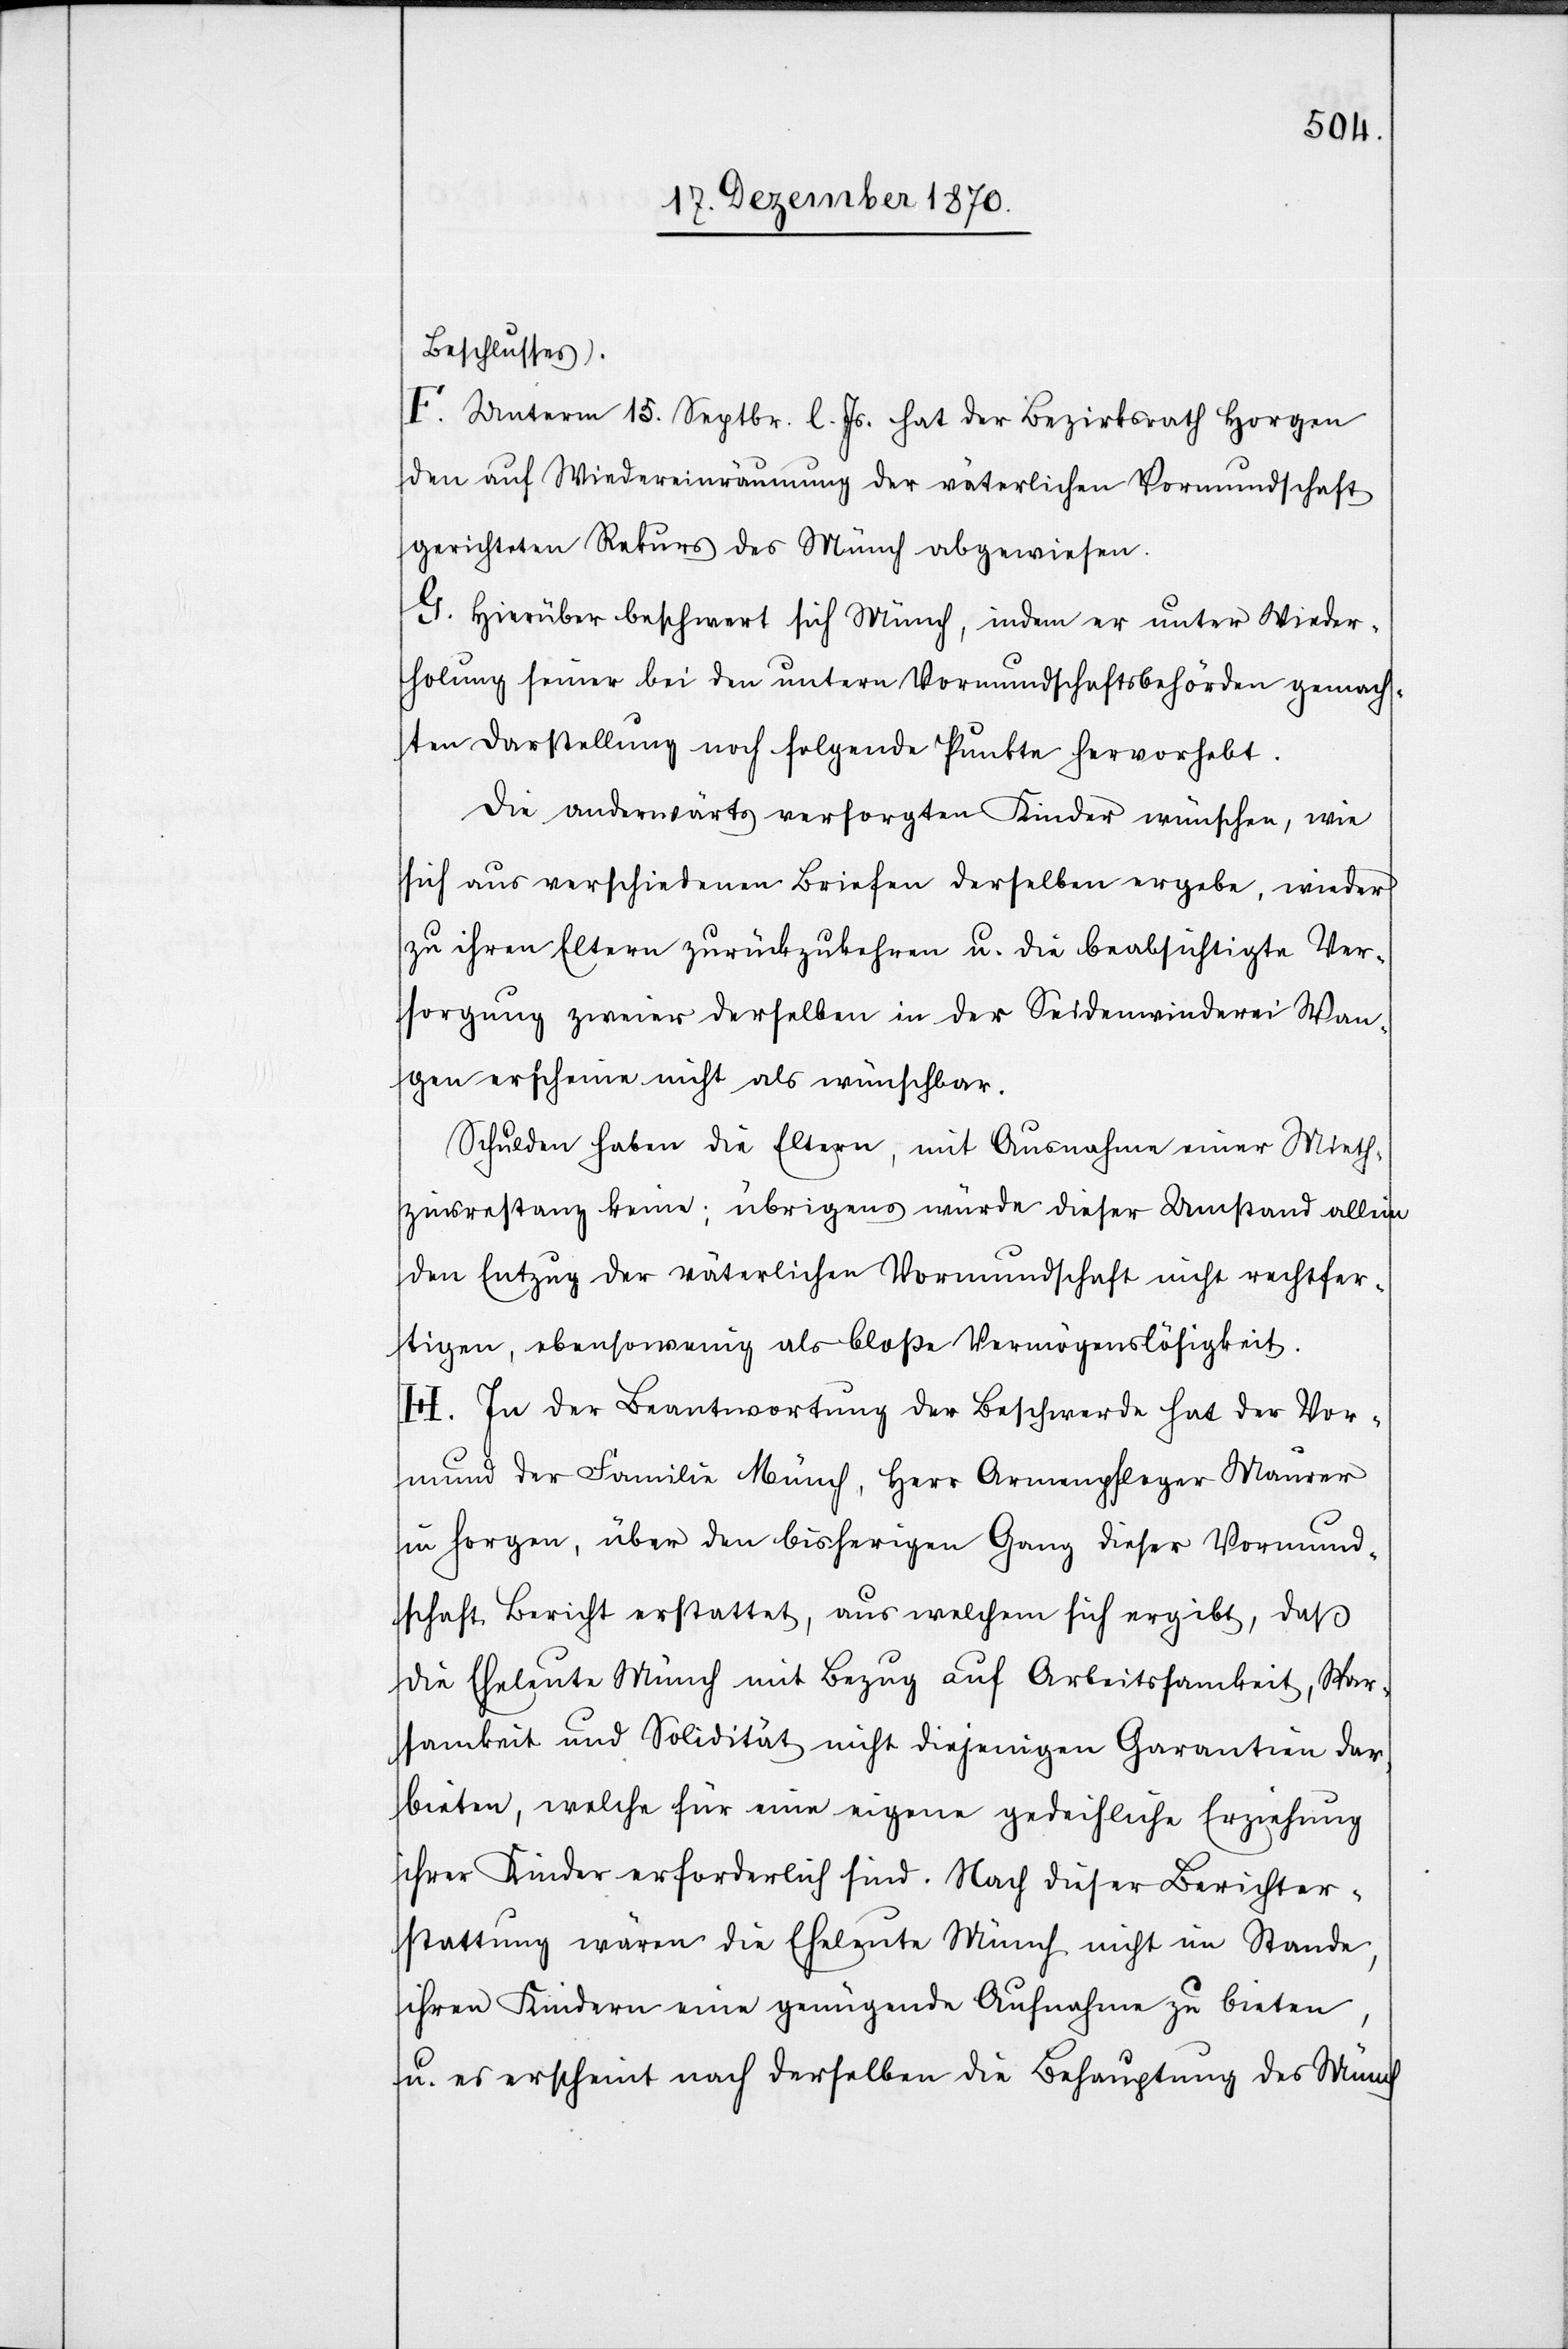
Beschlusses).
F. Unterm 15. Septbr. l. Js. hat der Bezirksrath Horgen
den auf Wiedereinräumung der väterlichen Vormundschaft
gerichteten Rekurs des Münch abgewiesen.
G. Hierüber beschwert sich Münch, indem er unter Wieder¬
holung seiner bei den untern Vormundschaftsbehörden gemach¬
ten Darstellung noch folgende Punkte hervorhebt.
Die anderwärts versorgten Kinder wünschen, wie
sich aus verschiedenen Briefen derselben ergebe, wieder
zu ihren Eltern zurückzukehren u. die beabsichtigte Ver¬
sorgung zweier derselben in der Seidenwinderei Wan¬
gen erscheine nicht als wünschbar.
Schulden haben die Eltern, mit Ausnahme einer Mieth¬
zinsrestanz keine; übrigens würde dieser Umstand allein
den Entzug der väterlichen Vormundschaft nicht rechtfer¬
tigen, ebenso wenig als bloße Vermögenslosigkeit.
H. In der Beantwortung der Beschwerde hat der Vor¬
mund der Familie Münch, Herr Armenpfleger Maurer
in Horgen, über den bisherigen Gang dieser Vormund¬
schaft Bericht erstattet, aus welchem sich ergibt, daß
die Eheleute Münch mit Bezug auf Arbeitsamkeit, Spar¬
samkeit und Solidität nicht diejenigen Garantien dar¬
bieten, welche für eine eigene gedeihliche Erziehung
ihrer Kinder erforderlich sind. Nach dieser Berichter¬
stattung wären die Eheleute Münch nicht im Stande,
ihren Kindern eine genügende Aufnahme zu bieten,
u. es erscheint nach derselben die Behauptung des Münch